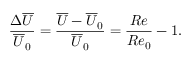
\frac { \Delta \overline { { U } } } { \overline { { U } } _ { 0 } } = \frac { \overline { { U } } - \overline { { U } } _ { 0 } } { \overline { { U } } _ { 0 } } = \frac { R e } { R e _ { 0 } } - 1 .